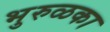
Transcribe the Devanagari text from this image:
भुरुळका